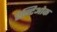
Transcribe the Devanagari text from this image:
ऐन्टिओक